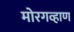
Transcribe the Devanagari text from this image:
मोरगव्हाण